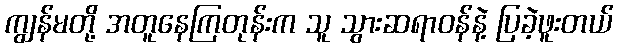
ကျွန်မတို့ အတူနေကြတုန်းက သူ သွားဆရာဝန်နဲ့ ပြခဲ့ဖူးတယ်